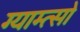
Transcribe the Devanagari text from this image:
ग्याम्त्सो